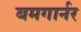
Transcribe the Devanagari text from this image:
बमगार्नर